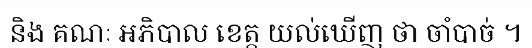
និង គណៈ អភិបាល ខេត្ត យល់ឃើញ ថា ចាំបាច់ ។